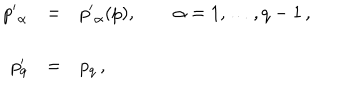
\begin{array} { r c l } { { { p ^ { \prime } } _ { \alpha } } } & { { = } } & { { { p ^ { \prime } } _ { \alpha } ( p ) , \qquad \alpha = 1 , \ldots , q - 1 \, , } } \\ { { } } & { { } } & { { } } \\ { { p _ { q } ^ { \prime } } } & { { = } } & { { p _ { q } \, , } } \\ \end{array}